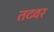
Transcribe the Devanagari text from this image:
तटवर